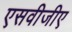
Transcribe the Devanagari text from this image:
एसवीजीए